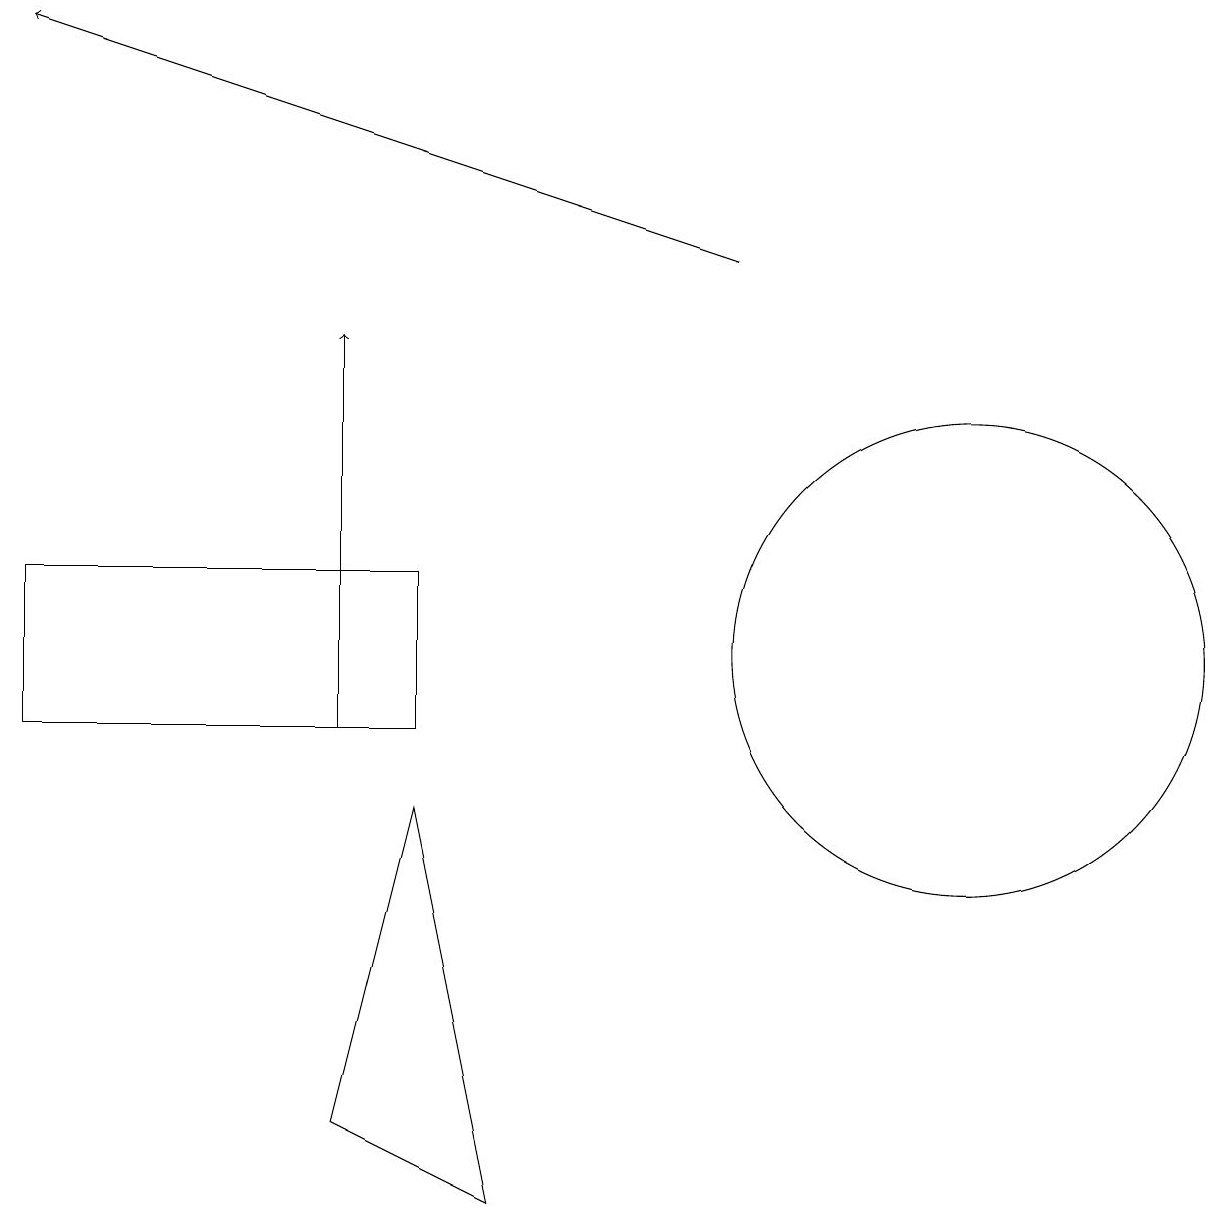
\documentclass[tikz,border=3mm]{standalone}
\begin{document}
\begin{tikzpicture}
\draw[->] (4,10) -- (4,15);
\draw (5,9) -- (4,5) -- (6,4) -- cycle;
\draw (12,11) circle (3);
\draw[->] (9,16) -- (0,19);
\draw (10,12) circle (0);
\draw (0,12) rectangle (5,10);
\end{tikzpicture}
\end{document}